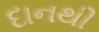
દાનથી